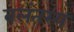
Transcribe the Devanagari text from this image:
बलंतस्य